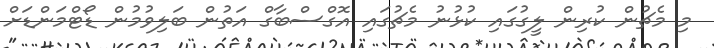
މި މެޗުން ކުރިން ލީގުގައި ކުޅުނު މެޗުގައި އޮގްސްބާގް އަތުން ބަލިވުމުން ޑޯޓްމަންޑަށް